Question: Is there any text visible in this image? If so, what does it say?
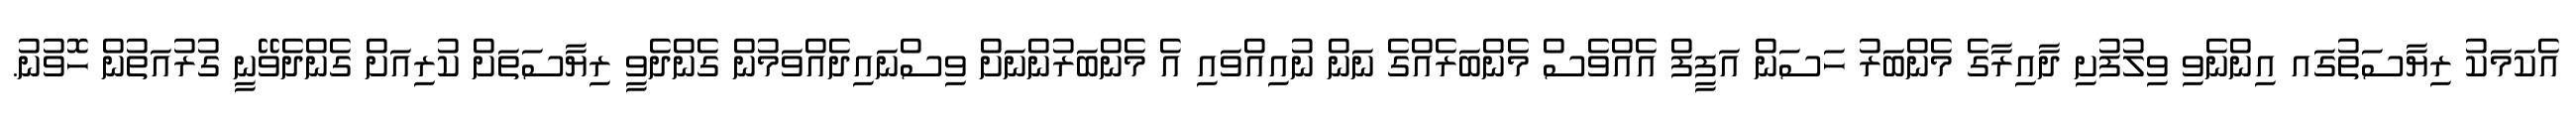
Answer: އެކަމަކު ރިޔާސަތުގައ އިންނެވި ވިލުފުށި ދާއިރާގެ މެންބަރު ހަސަން އަފީފް އެއްވެސް މެންބަރެއްގެ ނަން ނުއިއްވައި އެ މެންބަރުންނަށް ވިސްނައިދެއްވަމުން ގެންދެވީ ރިޔާސަތަށް ކުރިއަށް ގެންދެވޭނީ ގުރުއަތުން ހޮވުނު.